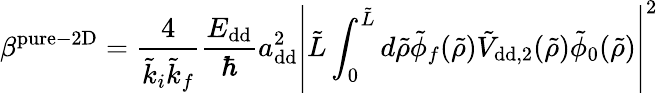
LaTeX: \beta^{\mathrm{pure-2D}}=\frac{4}{\tilde{k}_{i}\tilde{k}_{f}}\frac{E_{\mathrm{dd}}}{\hbar}a_{\mathrm{dd}}^{2}\left\vert\tilde{L}\int_{0}^{\tilde{L}}d\tilde{\rho}\tilde{\phi}_{f}(\tilde{\rho})\tilde{V}_{\mathrm{{dd},2}}(\tilde{\rho})\tilde{\phi}_{0}(\tilde{\rho})\right\vert^{2}